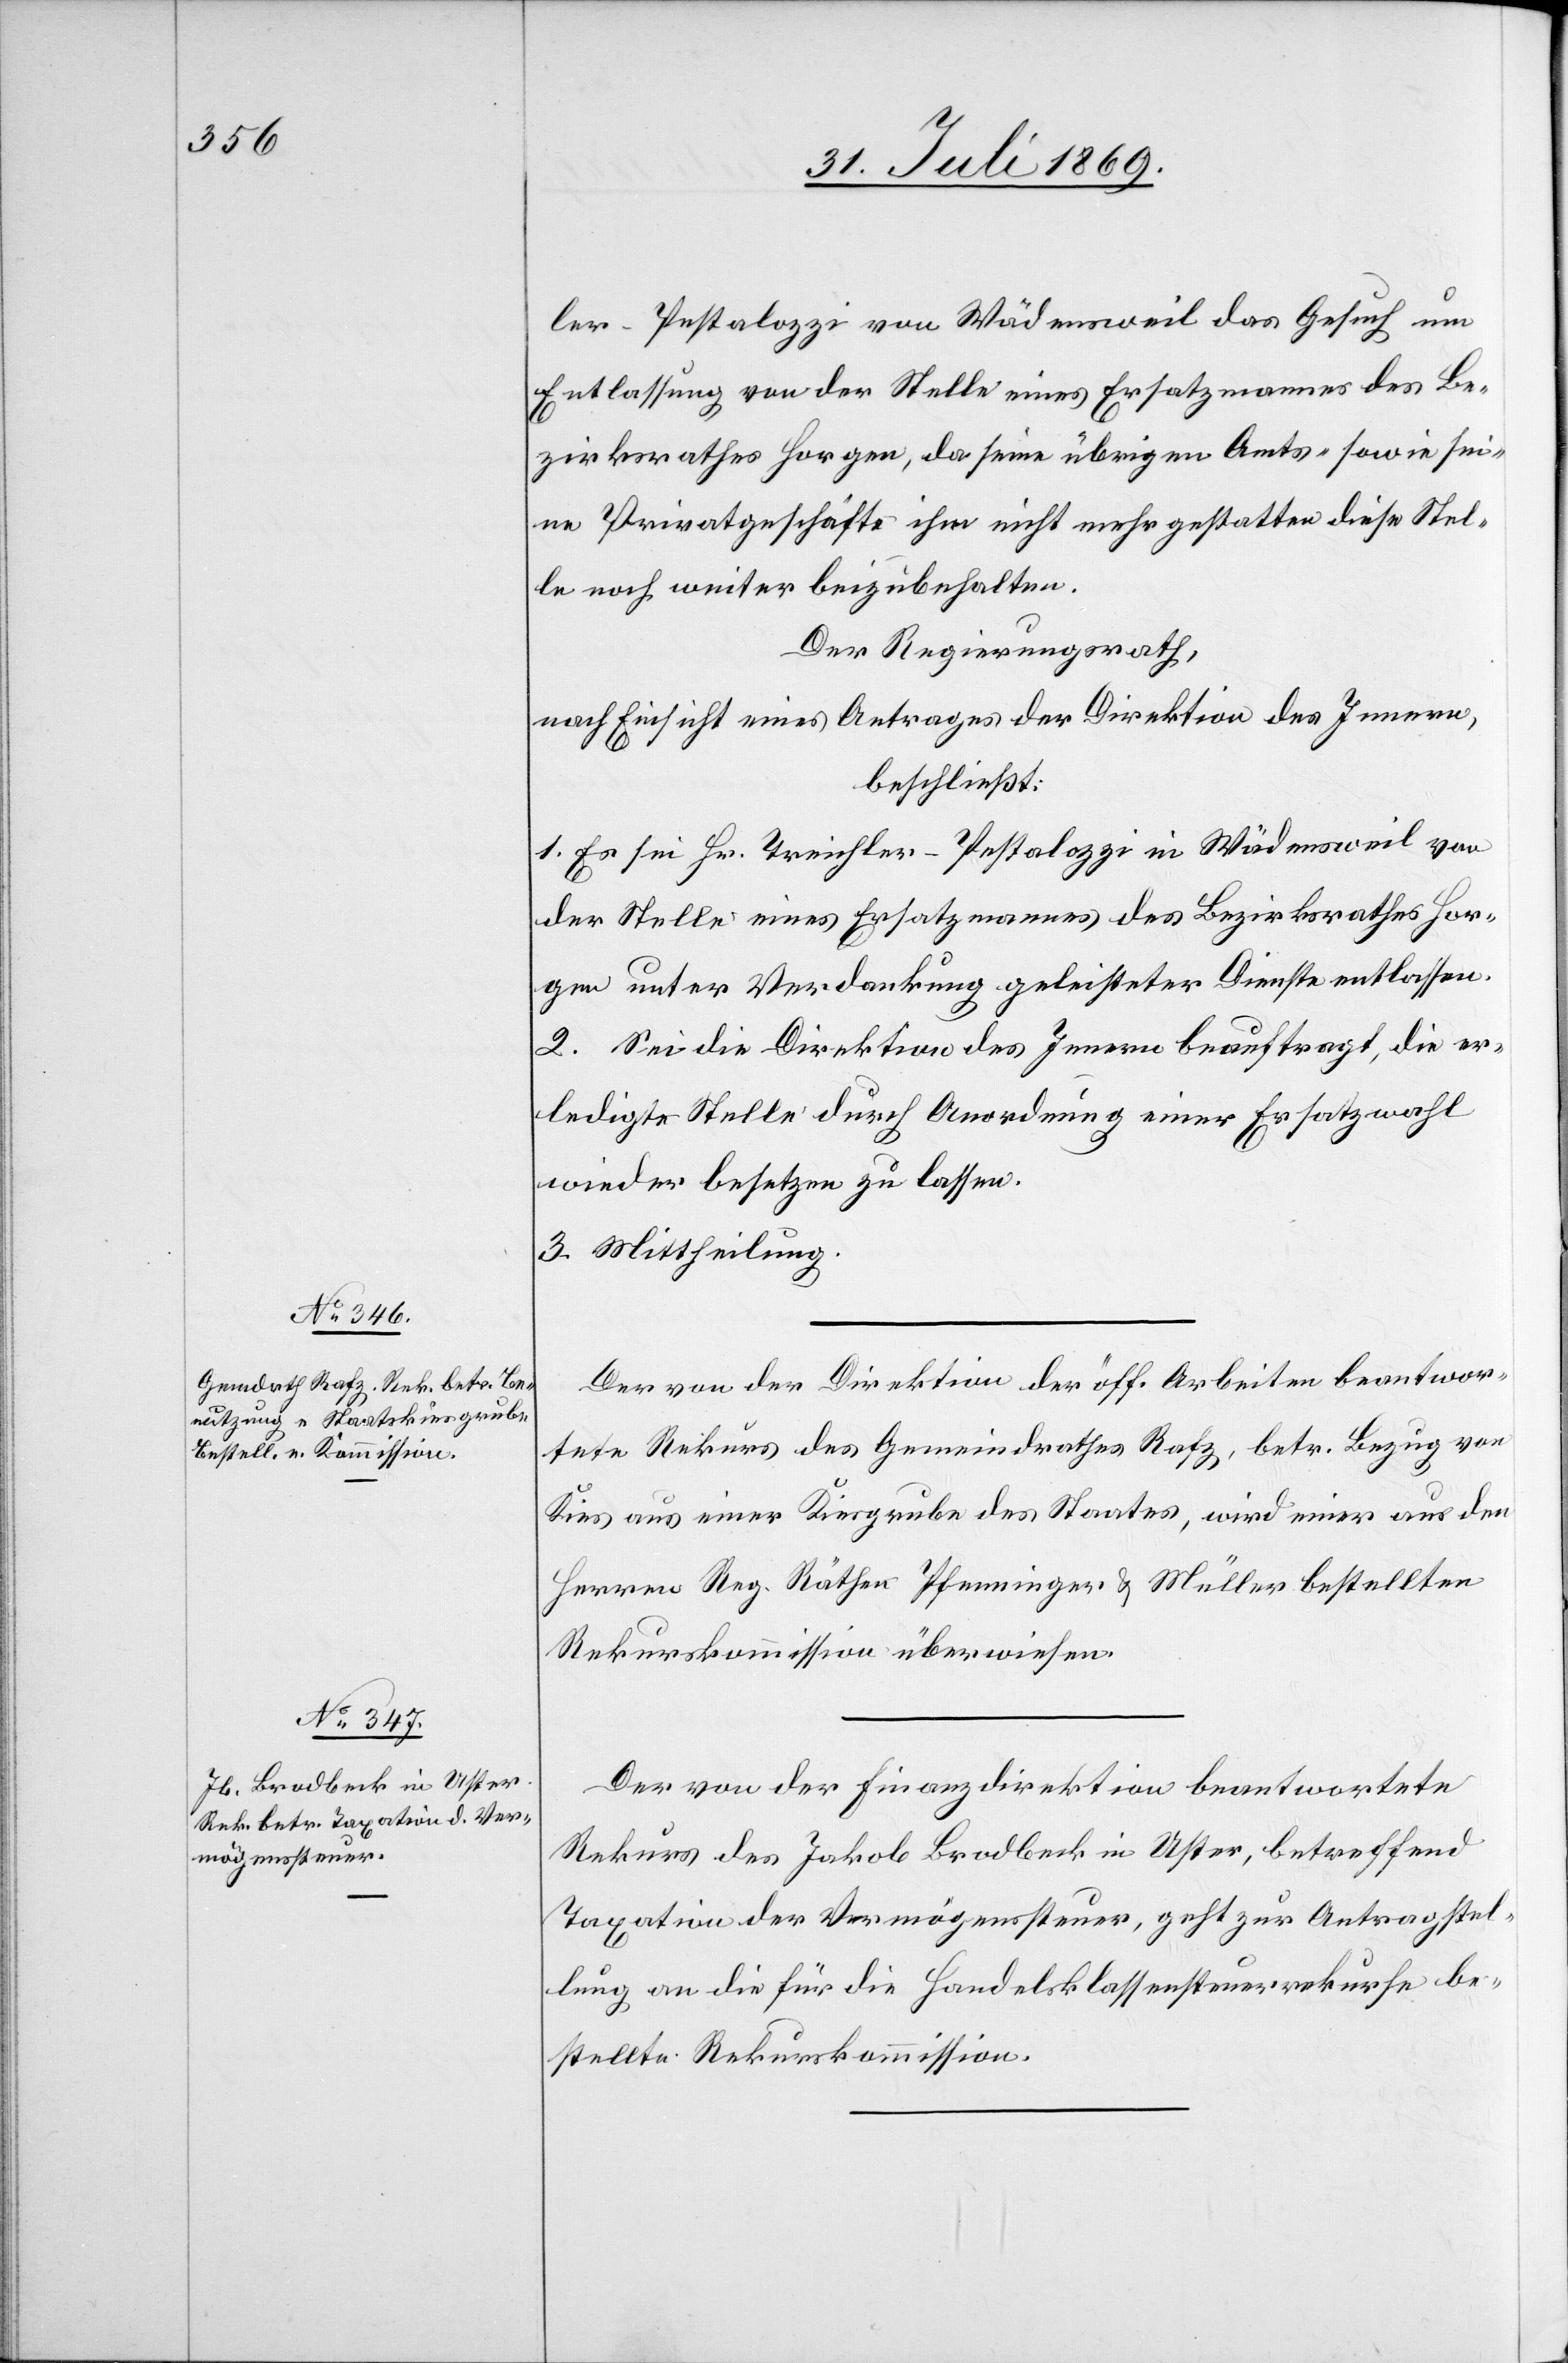
ler-Pestalozzi von Wädensweil das Gesuch um
Entlassung von der Stelle eines Ersatzmannes des Be¬
zirksrathes Horgen, da seine übrigen Amts- sowie sei¬
ne Privatgeschäfte ihm nicht mehr gestatten diese Stel¬
le noch weiter beizubehalten.
Der Regierungsrath,
nach Einsicht eines Antrages der Direktion des Innern,
beschließt:
1. Es sei Hr. Treichler-Pestalozzi in Wädensweil von
der Stelle eines Ersatzmannes des Bezirksrathes Hor¬
gen unter Verdankung geleisteter Dienste entlassen.
2. Sei die Direktion des Innern beauftragt, die er¬
ledigte Stelle durch Anordnung einer Ersatzwahl.
3. Mittheilung.
Der von der Direktion der öff. Arbeiten beantwor¬
tete Rekurs des Gemeindrathes Rafz, betr. Bezug von
Kies aus einer Kiesgrube des Staates, wird einer aus den
Herrn Reg. Räthen Pfenninger u. Müller bestellten
Rekurskommission überwiesen.
Der von der Finanzdirektion beantwortete
Rekurs des Jakob Brodbeck in Uster, betreffend
Taxation der Vermögenssteuer, geht zur Antragstel¬
lung an die für die Handelsklassensteuerkurse be¬
stellte Rekurskommission.